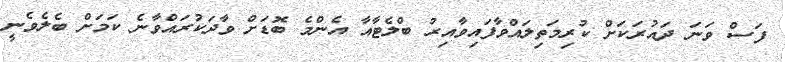
ފަސް ވަނަ ދައުރަކަށް ކުރިމަތިލައްވާފައިވާއިރު ބްލެޓާއާ އެންމެ ބޮޑަށް ވާދަކުރައްވާނެ ކަމަށް ބެލެވެނީ